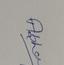
Signature authenticity: genuine